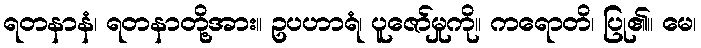
ရတနာနံ၊ ရတနာတို့အား။ ဥပဟာရံ၊ ပူဇော်မှုကို။ ကရောတိ၊ ပြု၏။ မေ၊